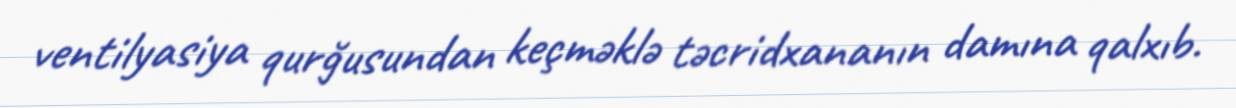
ventilyasiya qurğusundan keçməklə təcridxananın damına qalxıb.